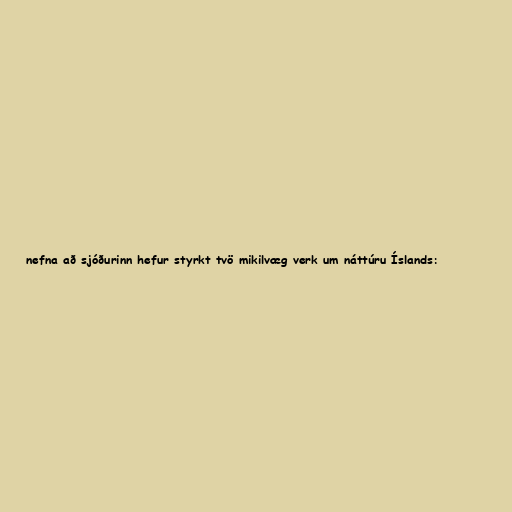
nefna að sjóðurinn hefur styrkt tvö mikilvæg verk um náttúru Íslands: